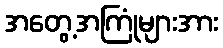
အတွေ့အကြုံများအား